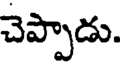
చెప్పాడు.